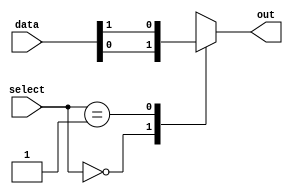
module mux
(
  input [127:0] data,
  input [6:0] select,
  output reg out
);

always @(*)
begin
  case (select)
    7'b0000000: out = data[0];
    7'b0000001: out = data[1];
    // Add remaining cases for input lines 2 to 127
    default: out = 1'bx; // default output value
  endcase
end

endmodule